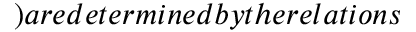
) a r e d e t e r m i n e d b y t h e r e l a t i o n s